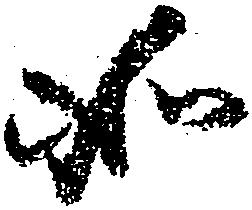
如